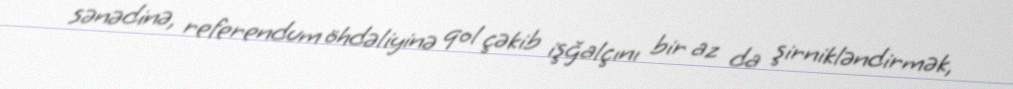
sənədinə, referendum öhdəliyinə qol çəkib işğalçını bir az da şirnikləndirmək,